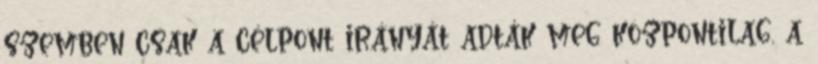
szemben csak a célpont irányát adták meg központilag, a